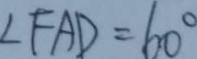
\angle F A D = 6 0 ^ { \circ }